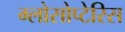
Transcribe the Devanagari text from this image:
ग्लोसोप्टेरिस